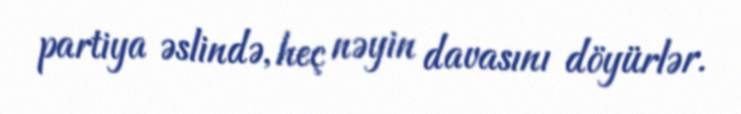
partiya əslində, heç nəyin davasını döyürlər.